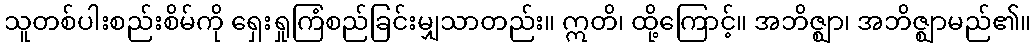
သူတစ်ပါးစည်းစိမ်ကို ရှေးရှုကြံစည်ခြင်းမျှသာတည်း။ ဣတိ၊ ထို့ကြောင့်။ အဘိဇ္ဈာ၊ အဘိဇ္ဈာမည်၏။